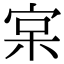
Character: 宲